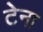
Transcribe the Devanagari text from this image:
टेना